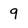
Character: 9